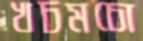
খচমচো